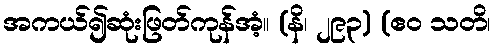
အကယ်၍ဆုံးဖြတ်ကုန်အံ့။ (နိ၊ ၂၉၃) (ဧဝ သတိ၊